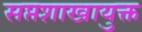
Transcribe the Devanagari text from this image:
सप्तशाखायुक्त